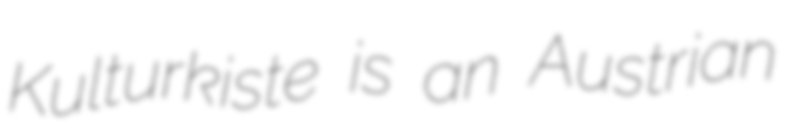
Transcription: Kulturkiste is an Austrian